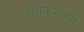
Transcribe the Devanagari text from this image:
अधिकरणाने